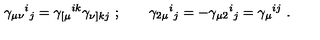
\gamma _ { \mu \nu } { } ^ { i } { } _ { j } = \gamma _ { [ \mu } { } ^ { i k } \gamma _ { \nu ] k j } \ ; \qquad \gamma _ { 2 \mu } { } ^ { i } { } _ { j } = - \gamma _ { \mu 2 } { } ^ { i } { } _ { j } = \gamma _ { \mu } { } ^ { i j } \ .